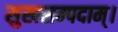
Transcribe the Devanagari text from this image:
सुखसम्पदाम्‌।